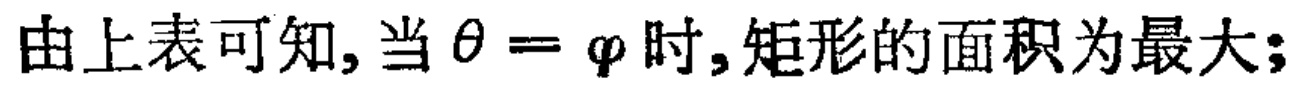
由上表可知, 当$\theta = \varphi$时, 矩形的面积为最大;